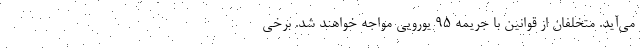
می‌آید. متخلفان از قوانین با جریمه 95 یورویی مواجه خواهند شد. برخی